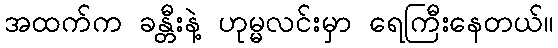
အထက်က ခန္တီးနဲ့ ဟုမ္မလင်းမှာ ရေကြီးနေတယ်။